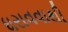
ધરાવવાથી